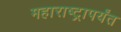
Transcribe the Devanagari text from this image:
महाराष्ट्रापर्यंत